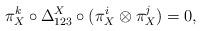
LaTeX: \begin{align*}\pi^k_X \circ \Delta^X_{123} \circ (\pi^i_X\otimes \pi^j_X)=0,\end{align*}